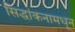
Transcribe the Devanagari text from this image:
सिद्धांकनामधून